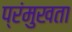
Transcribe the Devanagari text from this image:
प्रंमुखता